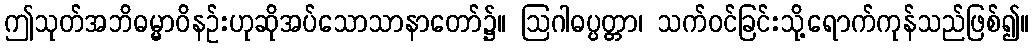
ဤသုတ်အဘိဓမ္မာဝိနဉ်းဟုဆိုအပ်သောသာနာတော်၌။ ဩဂါဓပ္ပတ္တာ၊ သက်ဝင်ခြင်းသို့ရောက်ကုန်သည်ဖြစ်၍။